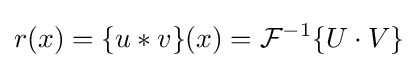
r(x)=\{u*v\}(x)={\mathcal {F}}^{-1}\{U\cdot V\}